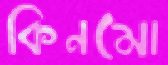
কিনমো